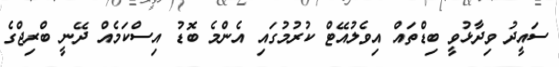
ސައީދު ވިދާޅުވީ ބިޑްތައް އިވެލުއޭޓް ކުރުމުގައި އެންމެ ބޮޑު އިސްކަމެއް ދޭނީ ބްރިޖްގެ